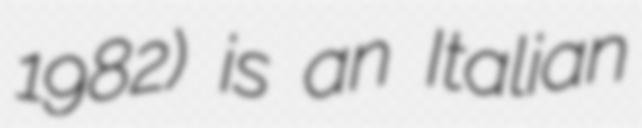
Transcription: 1982) is an Italian